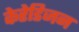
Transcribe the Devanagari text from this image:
केरेडिजन